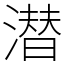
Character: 潜